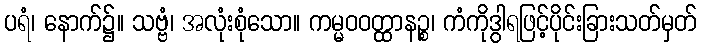
ပရံ၊ နောက်၌။ သဗ္ဗံ၊ အလုံးစုံသော။ ကမ္မဝဝတ္ထာနဉ္စ၊ ကံကိုဒွါရဖြင့်ပိုင်းခြားသတ်မှတ်